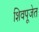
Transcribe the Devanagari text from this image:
शिवपूजेत